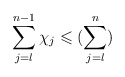
\begin{align*}\sum\limits_{j = l}^{n-1} \chi_j \leqslant (\sum\limits_{j=l}^{n})\end{align*}